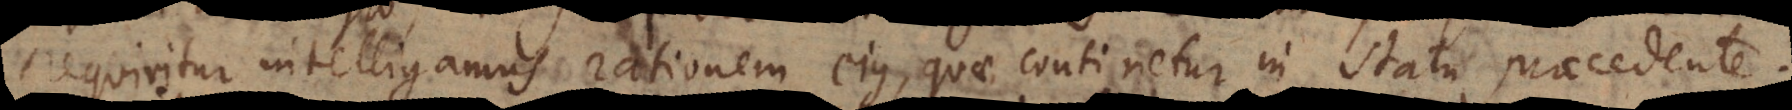
requiritur [ut] intelligamus rationem ejus, quae continetur in statu praecedente;